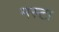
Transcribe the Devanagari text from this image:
मस्टा